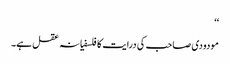
‘‘
مودودی صاحب کی درایت کا فلسفیانہ عقل ہے۔